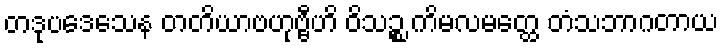
တဒုပဒေသေန တတိယာဗဟုဗ္ဗီဟိ ဝိသဉ္စ ကိမလမတ္ထေ တံသဘာဂတာယ